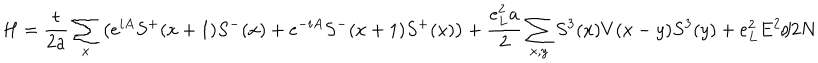
H = \frac { t } { 2 a } \sum _ { x } \left( e ^ { i A } S ^ { + } ( x + 1 ) S ^ { - } ( x ) + e ^ { - i A } S ^ { - } ( x + 1 ) S ^ { + } ( x ) \right) + \frac { e _ { L } ^ { 2 } a } { 2 } \sum _ { x , y } S ^ { 3 } ( x ) V ( x - y ) S ^ { 3 } ( y ) + e _ { L } ^ { 2 } E ^ { 2 } / 2 N